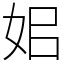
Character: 㚶